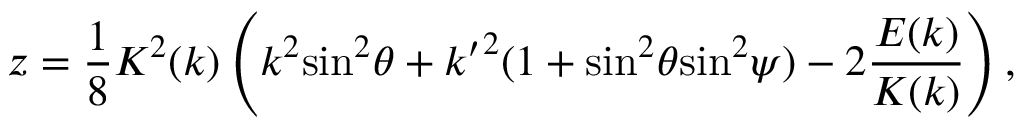
z = { \frac { 1 } { 8 } } K ^ { 2 } ( k ) \left( k ^ { 2 } { \sin } ^ { 2 } \theta + { k ^ { \prime } } ^ { 2 } ( 1 + { \sin } ^ { 2 } \theta { \sin } ^ { 2 } \psi ) - 2 { \frac { E ( k ) } { K ( k ) } } \right) ,